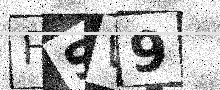
Text: FSW9